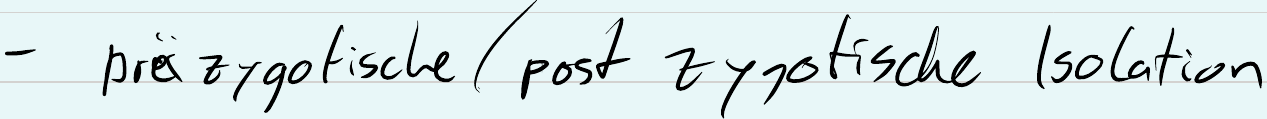
- präzygotische / post zygotische Isolation